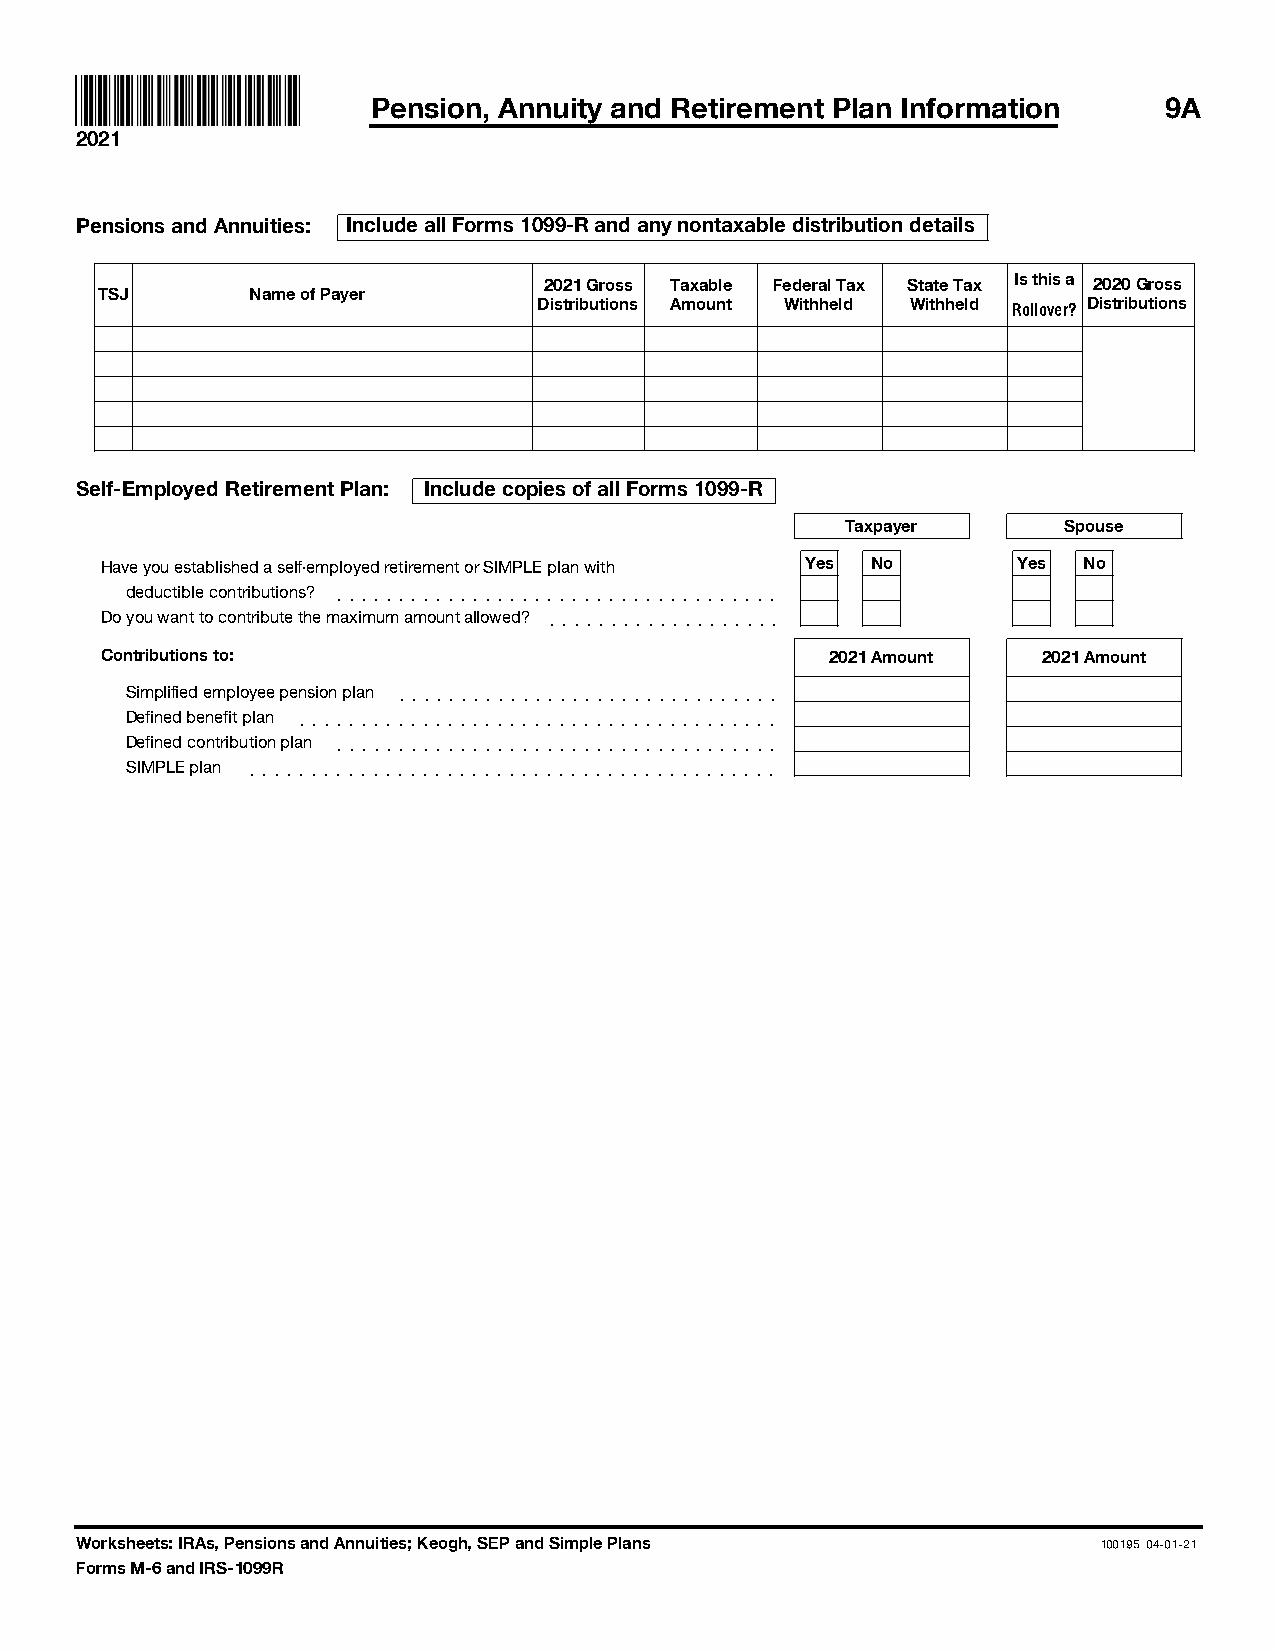
Pension, Annuity and Retirement Plan Information    9A
 2021
 Pensions and Annuities: Include all Forms 1099-R and any nontaxable distribution details
 2021 Gross Taxable Federal Tax State Tax Is this a 2020 Gross
 TSJ       Name of Payer
 Distributions Amount Withheld Withheld Distributions
 Rollover?
 Self-Employed Retirement Plan: Include copies of all Forms 1099-R
 Taxpayer      Spouse
 Have you established a self-employed retirement or SIMPLE plan with Yes No Yes No
 deductible contributions? ]]]]]]]]]]]]]]]]]]]]]]]]]]]]]]]]]]]]
 Do you want to contribute the maximum amount allowed? ]]]]]]]]]]]]]]]]]]]
 Contributions to:                               2021 Amount   2021 Amount
 Simplified employee pension plan ]]]]]]]]]]]]]]]]]]]]]]]]]]]]]]]
 Defined benefit plan ]]]]]]]]]]]]]]]]]]]]]]]]]]]]]]]]]]]]]]]
 Defined contribution plan ]]]]]]]]]]]]]]]]]]]]]]]]]]]]]]]]]]]]
 SIMPLE plan ]]]]]]]]]]]]]]]]]]]]]]]]]]]]]]]]]]]]]]]]]]]
 Worksheets: IRAs, Pensions and Annuities; Keogh, SEP and Simple Plans 100195 04-01-21
 Forms M-6 and IRS-1099R